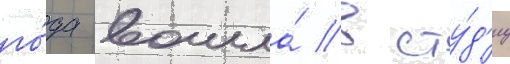
го́да вошла́ в сту́д'иу